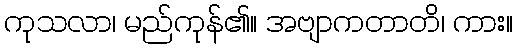
ကုသလာ၊ မည်ကုန်၏။ အဗျာကတာတိ၊ ကား။